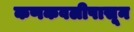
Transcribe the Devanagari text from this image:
कणकवलीपासून